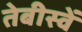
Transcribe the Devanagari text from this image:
तेबीस्वें